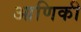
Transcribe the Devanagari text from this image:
आणिकी